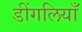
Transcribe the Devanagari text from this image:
डींगलियाँ